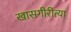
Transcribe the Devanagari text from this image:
खासगीरीत्या